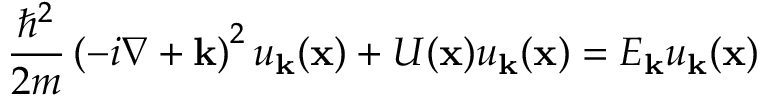
{ \frac { \hbar ^ { 2 } } { 2 m } } \left( - i \nabla + \mathbf { k } \right) ^ { 2 } u _ { \mathbf { k } } ( \mathbf { x } ) + U ( \mathbf { x } ) u _ { \mathbf { k } } ( \mathbf { x } ) = E _ { \mathbf { k } } u _ { \mathbf { k } } ( \mathbf { x } )